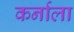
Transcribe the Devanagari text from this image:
कर्नाला